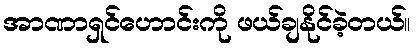
အာဏာရှင်ဟောင်းကို ဖယ်ချနိုင်ခဲ့တယ်။